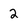
Character: 2